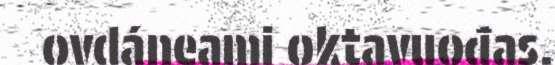
ovdáneami oktavuođas.